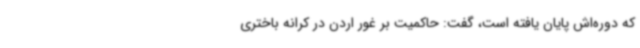
که دوره‌اش پایان یافته است، گفت: حاکمیت بر غور اردن در کرانه باختری